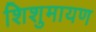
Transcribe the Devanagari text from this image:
शिशुमायण